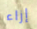
إزاء